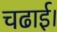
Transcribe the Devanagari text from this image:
चढाई।